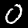
Label: 0